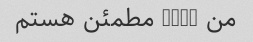
من 100% مطمئن هستم